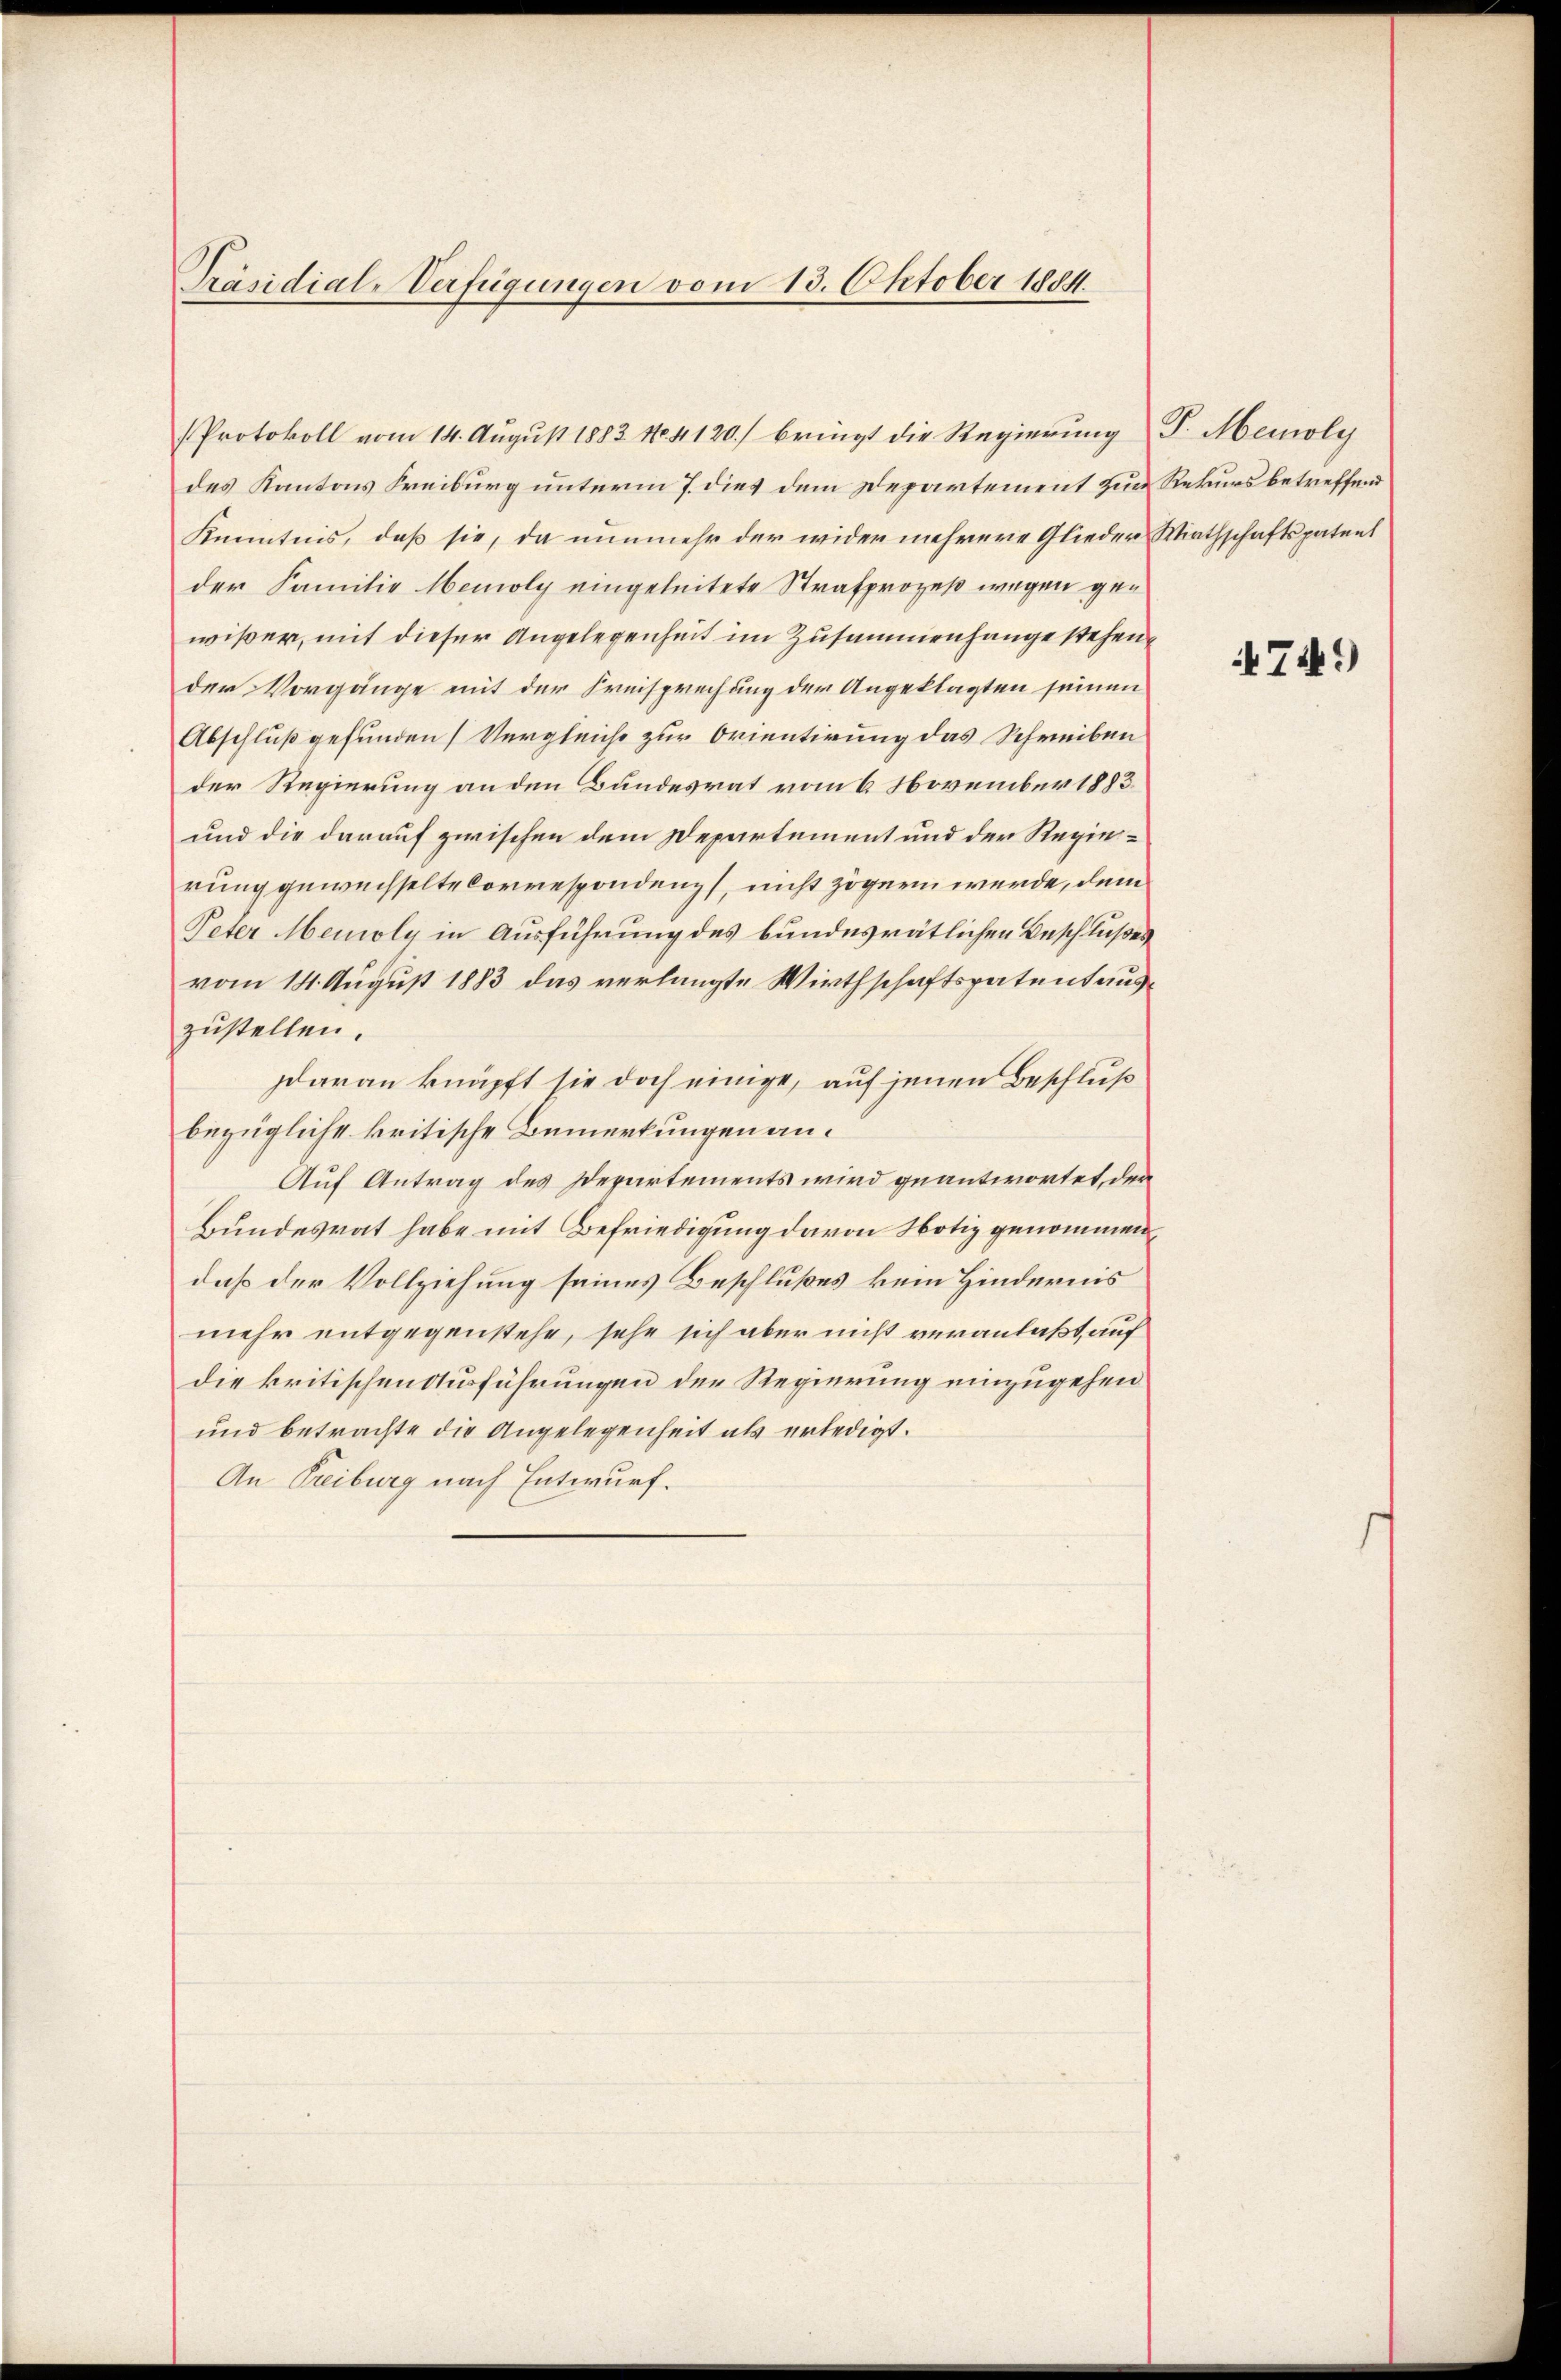
Präsidial-Verfügungen vom 13. Oktober 1884.

des Kantons Freiburg unterm 7. dies dem Departement zur Rekursbetreffend
Kenntnis, daß sie, da nunmehr der wider mehrere Glieder Wirthschaftspatent
der Familie Memoly eingeleitete Strafprozeß wegen gen
wißer, mit dieser Angelegenheit im Zusammenhange stehender Vorgänge mit der Freisprechung der Angeklagten seinen
Abschluß gefunden Vergleiche zur Orientirung das Schreiben
der Regierung an den Bundesrat vom 6 November 1883.
und die darauf zwischen dem Departement und der Regierung gewechselte Correspondenz, nicht zögern werde, dem
Peter Menoly in Ausführung des bundesrätlichen Beschlußes
vom 14. August 1883 das verlangte Wirthschaftspatent auszustellen.
Daran knüpft sie doch einige, auf jenen Beschluß
bezügliche kritische Bemerkungen an.
Auf Antrag des Departements wird geantwortet, der
Bundesrat habe mit Befriedigung davon Notiz genommen,
daß der Vollziehung seines Beschlußes kein Hindernis
mehr entgegenstehe, sehe sich aber nicht veranlaßt, auf
die kritischen Ausführungen der Regierung einzugehen
und betrachte die Angelegenheit als erledigt.
An Freiburg nach Entwurf.

Protokoll vom 14. August 1883. No. 4120.) bringt die Regierung d. Meioly

749)